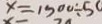
x = 1 5 0 0 \div 5 0